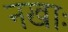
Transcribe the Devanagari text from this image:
नखाः